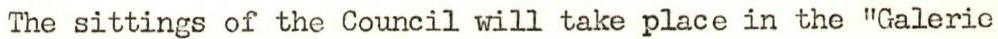
The sittings of the Council will take place in the "Galeric